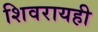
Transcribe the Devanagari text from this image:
शिवरायही